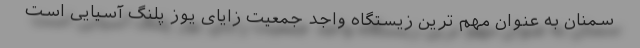
سمنان به عنوان مهم ترین زیستگاه واجد جمعیت زایای یوز پلنگ آسیایی است